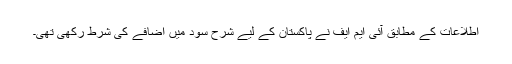
اطلاعات کے مطابق آئی ایم ایف نے پاکستان کے لیے شرح سود میں اضافے کی شرط رکھی تھی۔